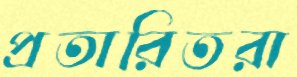
প্রতারিতরা